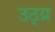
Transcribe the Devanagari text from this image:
उठ्य्र